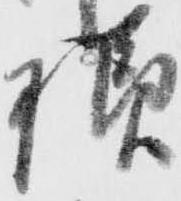
様